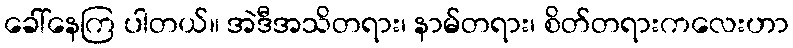
ခေါ်နေကြ ပါတယ်။ အဲဒီအသိတရား၊ နာမ်တရား၊ စိတ်တရားကလေးဟာ